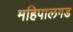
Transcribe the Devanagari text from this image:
महिपालगड